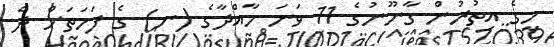
މީގެ އިތުރުން ގާނޫނުގެ 11 ވަނަ މާއްދާގެ (ނ) ގެ ފަހަތަށް ދެ